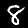
Label: 8